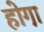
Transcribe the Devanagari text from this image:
होगा़